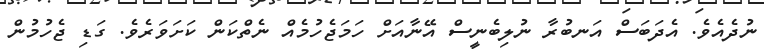
ނުދެއެވެ. އެދަބަސް އަނބުރާ ނުލިބެނީސް އޭނާއަށް ހަމަޖެހުމެއް ނެތްކަން ކަށަވަރެވެ. ގަޑި ޖެހުމުން